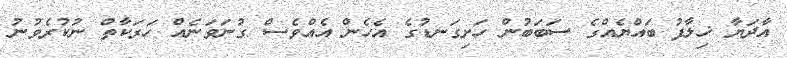
އާދަޔާ ޚިލާފު ބައްޔެއްގެ ސަބަބުން ހަށިގަނޑުގެ އެހެން އެއްވެސް ގުނަވަނެއް ހަރަކާތް ނުކުރެވުނު